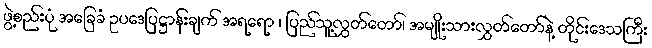
ဖွဲ့စည်းပုံ အခြေခံ ဥပဒေပြဋ္ဌာန်းချက် အရရော ၊ ပြည်သူ့လွှတ်တော်၊ အမျိုးသားလွှတ်တော်နဲ့ တိုင်းဒေသကြီး